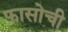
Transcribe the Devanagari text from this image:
फासोची